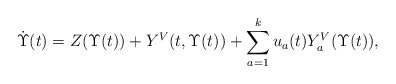
\begin{align*}\dot{\Upsilon}(t)=Z(\Upsilon(t))+Y^V(t,\Upsilon(t))+\sum_{a=1}^ku_a(t)Y^V_a(\Upsilon(t)),\end{align*}